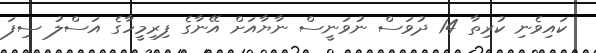
ކައިވެނި ކުރިތާ 14 ދުވަސް ނުވަނީސް ނާޔާއަށް އޭނާގެ ފިރިމީހާގެ އަސްލު ސިފަ